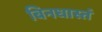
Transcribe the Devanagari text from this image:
बिनधास्तं